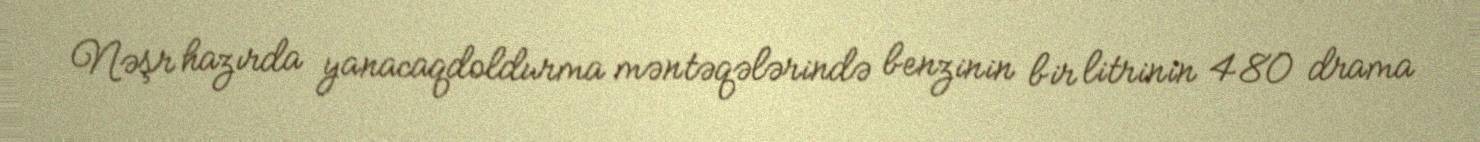
Nəşr hazırda yanacaqdoldurma məntəqələrində benzinin bir litrinin 480 drama